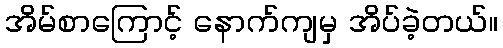
အိမ်စာကြောင့် နောက်ကျမှ အိပ်ခဲ့တယ်။